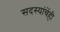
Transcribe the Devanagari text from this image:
सदस्यांचेंही